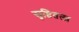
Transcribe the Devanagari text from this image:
सृष्टितला